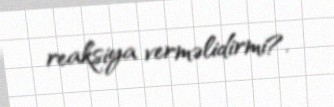
reaksiya verməlidirmi?.